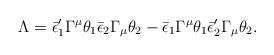
LaTeX: \begin{align*}\Lambda = \bar\epsilon'_1 \Gamma^\mu \theta_1 \bar\epsilon_2 \Gamma_\mu\theta_2 - \bar\epsilon_1 \Gamma^\mu \theta_1 \bar\epsilon'_2 \Gamma_\mu\theta_2.\end{align*}